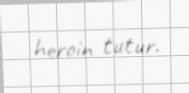
heroin tutur.